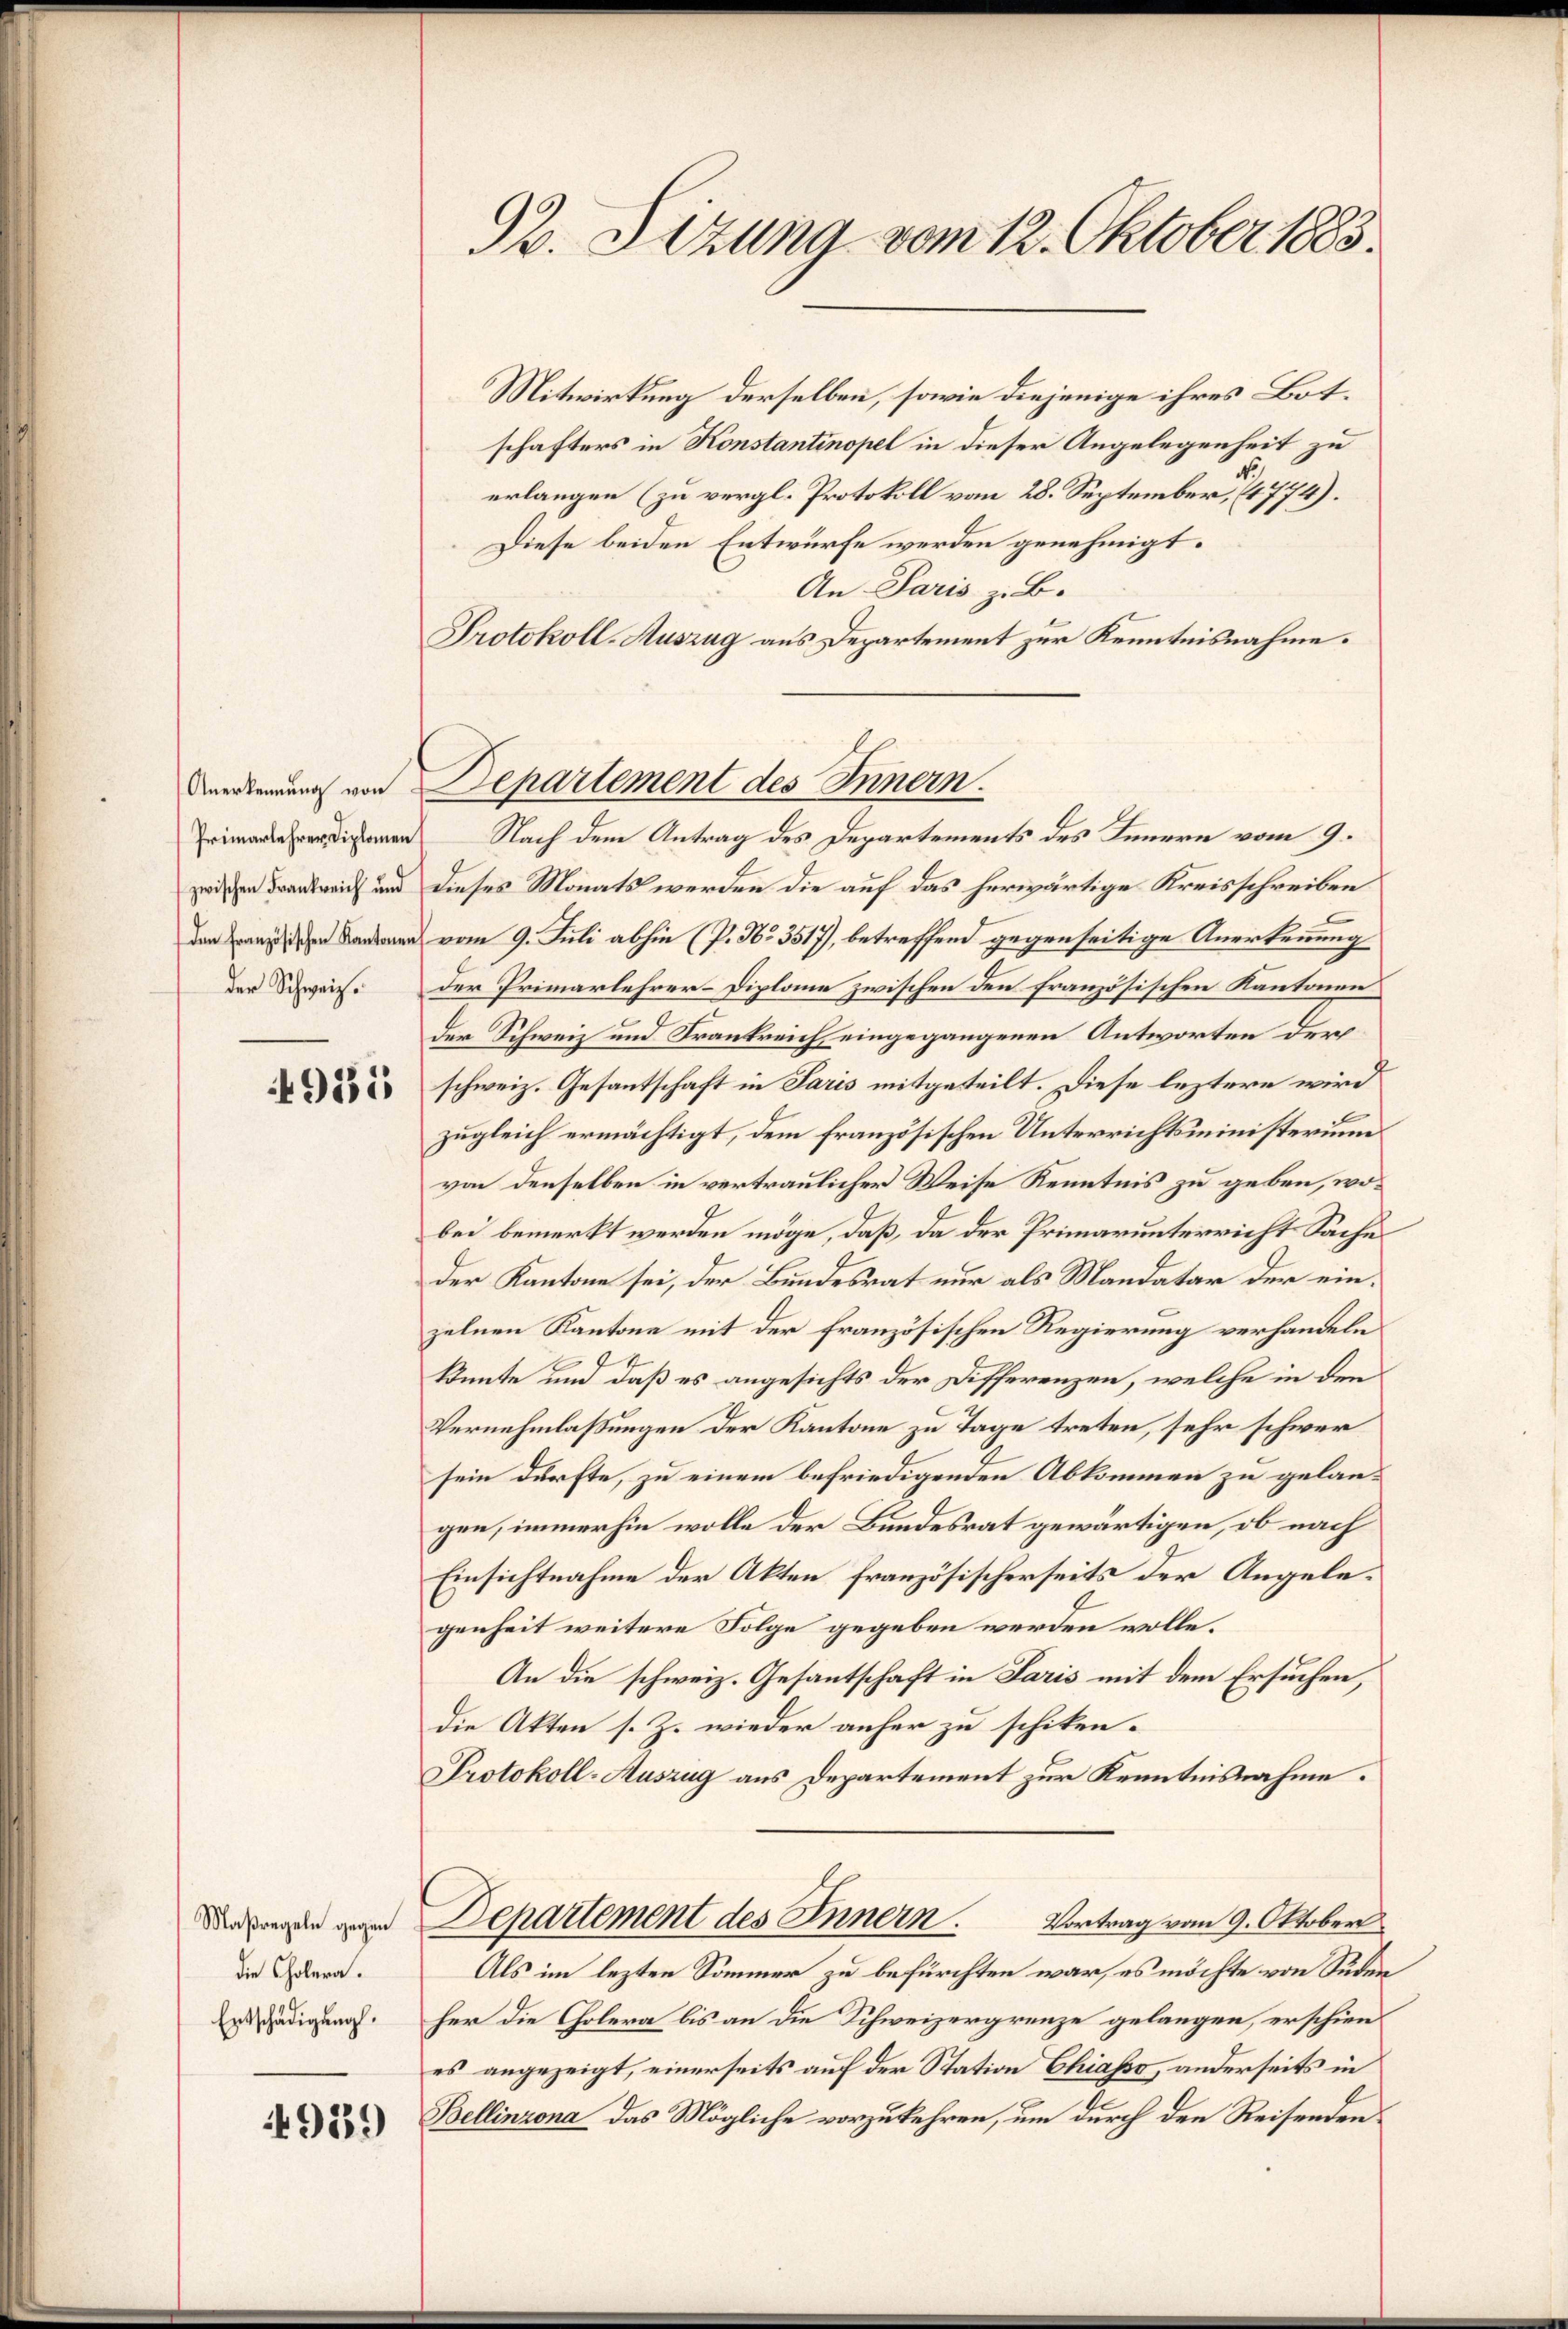
Anerkennung von
Primarlehrer Diplomen
der Schweiz.

4935

Maßregeln gegen
die Cholera.
Entschädigung.

4939

92. Sizung vom 12. Oktober 1883.

Mitwirkung derselben, sowie diejenige ihres Botschafters in Konstantinopel in dieser Angelegenheit zu
erlangen (zu vergl. Protokoll vom 28. September, 14774).
Diese beiden Entwurfe werden genehmigt.
An Paris z. B.
Protokoll-Auszug aus Departement zur Kenntnisnahme.
Nach dem Antrag des Departements des Innern vom 9.
in Frankreich und dieses Monats werden die auf das herwärtige Kreisschreiben
 vom 9. Juli abhin (P. Nr. 3517), betreffend gegenseitige Anerkennung
der Primarlehrer-Diplome zwischen den französischen Kantonen
der Schweiz und Frankreich eingegangenen Antworten der
schweiz. Gesantschaft in Paris mitgeteilt. Diese leztere wird
zugleich ermächtigt, dem französischen Unterrichtsministerium
von denselben in vertraulicher Weise Kenntnis zu geben, wobei bemerkt werden möge, daß, da der Primarunterricht Sache
der Kantone sei, der Bundesrat nur als Mandatar der einzelnen Kantone mit der französischen Regierung verhandeln
könnte und daß es angesichts der Differenzen, welche in den
Vernehmlassungen der Kantone zu Tage treten, sehr schwer
sein dürfte, zu einem befriedigenden Abkommen zu gelangen, immerhin wolle der Bundesrat gewärtigen, ob nach
Einsichtnahme der Akten französischerseits der Angelegenheit weitere Folge gegeben werden wolle.
An die schweiz. Gesantschaft in Paris mit dem Ersuchen,
die Akten s. Z. wieder anher zu schiken-
Protokoll-Auszug aus Departement zur Kenntnisnahme.
Departement des Innern. Vortrag vom 9. Oktober
Als im lezten Sommer zu befürchten war, es möchte von Süden
her die Cholera bis an die Schweizergrenze gelangen, erschien
es angezeigt, einerseits auf der Station Chiasso, anderseits in
Bellinzona das Mögliche vorzukehren, um durch den Reisenden

Departement des Innern.